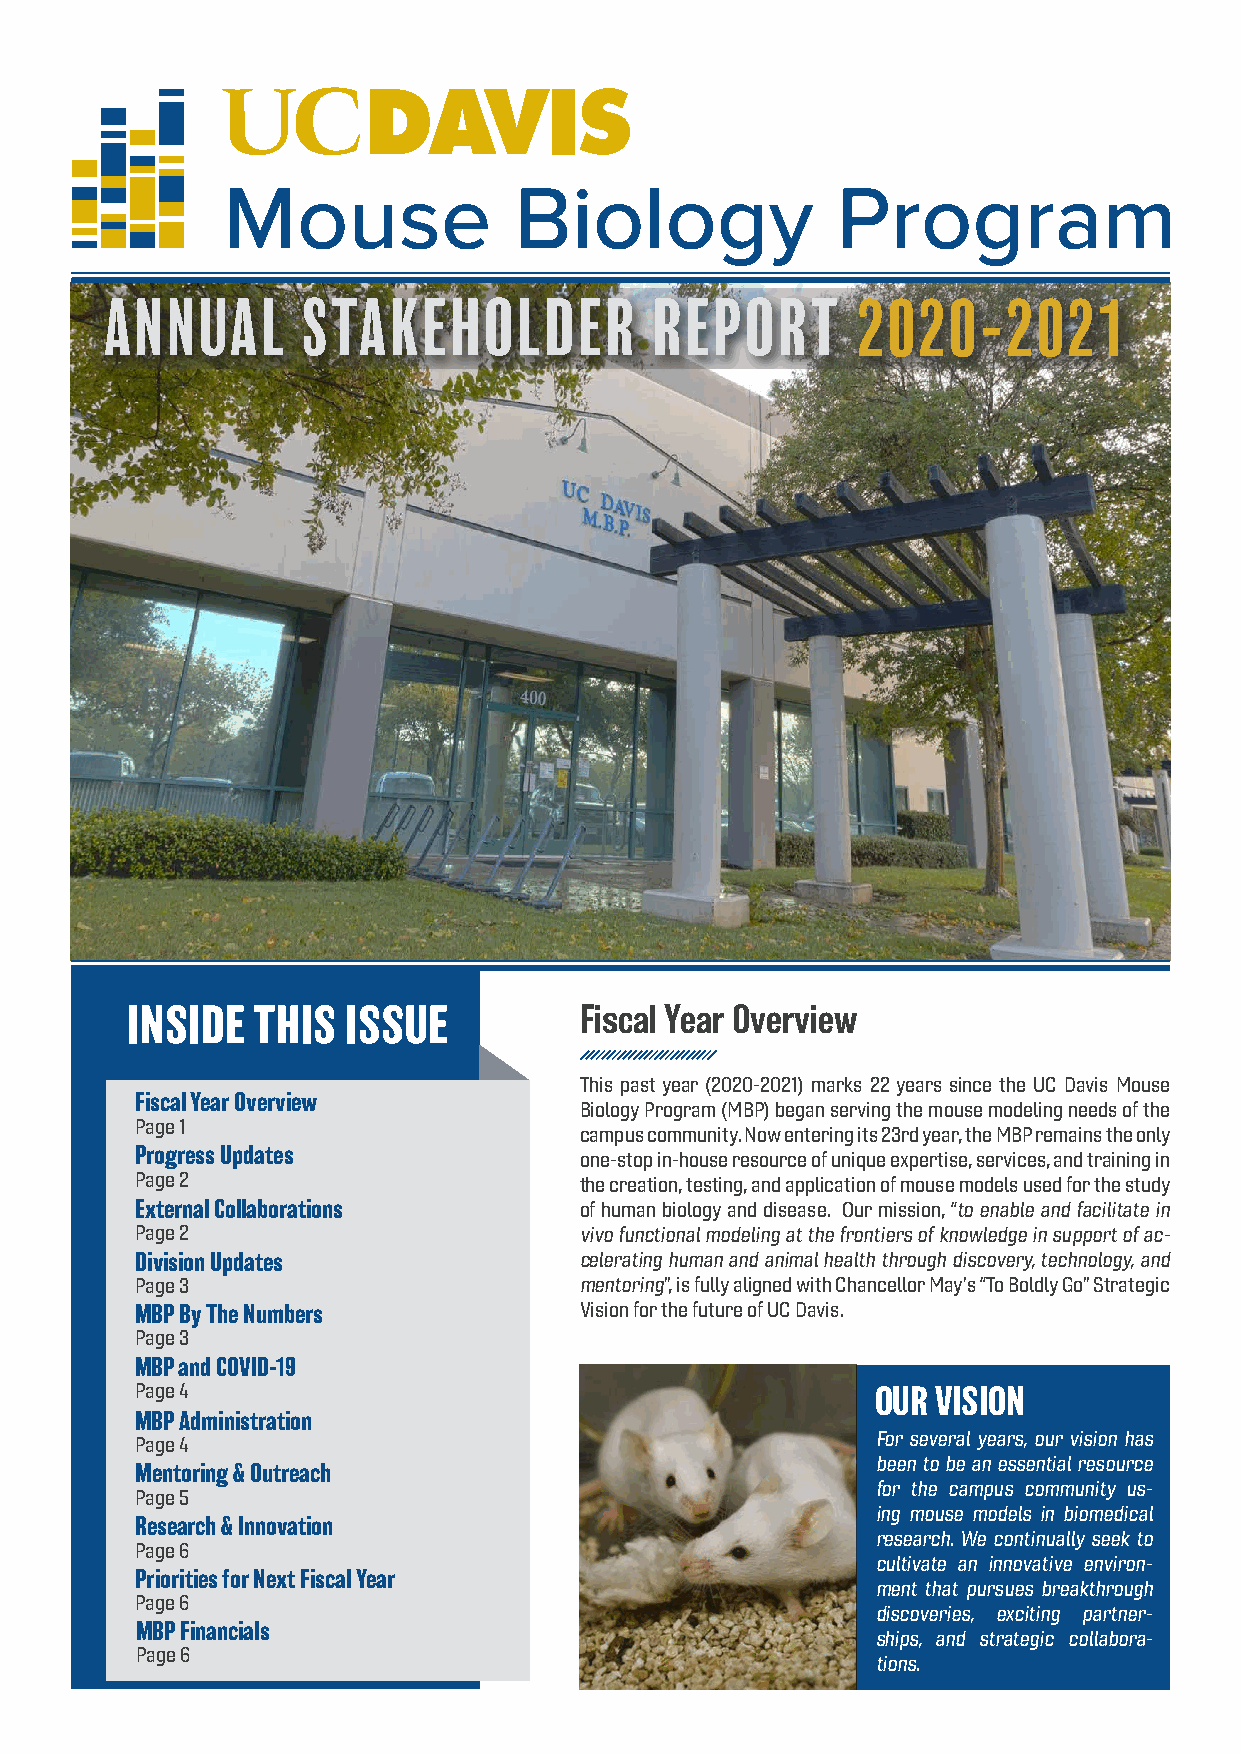
ANNUAL       STAKEHOLDER            REPORT        2020-2021
 INSIDE   THIS  ISSUE          Fiscal Year Overview
 This past year (2020-2021) marks 22 years since the UC Davis Mouse
 Fiscal Year Overview
 Biology Program (MBP) began serving the mouse modeling needs of the
 Page 1
 campus community. Now entering its 23rd year, the MBP remains the only
 Progress Updates
 one-stop in-house resource of unique expertise, services, and training in
 Page 2                       the creation, testing, and application of mouse models used for the study
 External Collaborations      of human biology and disease. Our mission, “to enable and facilitate in
 Page 2                       vivo functional modeling at the frontiers of knowledge in support of ac-
 Division Updates             celerating human and animal health through discovery, technology, and
 Page 3                       mentoring”, is fully aligned with Chancellor May’s “To Boldly Go” Strategic
 MBP By The Numbers           Vision for the future of UC Davis.
 Page 3
 MBP and COVID-19
 Page 4                                           OUR VISION
 MBP Administration
 For several years, our vision has
 Page 4
 been to be an essential resource
 Mentoring & Outreach
 for the campus community us-
 Page 5
 ing mouse models in biomedical
 Research & Innovation
 research. We continually seek to
 Page 6
 cultivate an innovative environ-
 Priorities for Next Fiscal Year
 ment that pursues breakthrough
 Page 6
 discoveries, exciting partner-
 MBP Financials
 ships, and strategic collabora-
 Page 6
 tions.